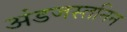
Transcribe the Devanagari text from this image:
अंडजस्तनिन